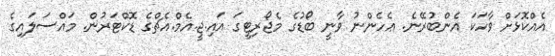
އެއްކޮޅަށް ވާހަކަ އެންބުރޭނެ. ޢެހެންނު ވާނީ ބޯޑުގެ މެޖޯރިޓީގަ އައި.ޖީ.އެމް.އެޗްގެ ޑޮކްޓަރުން. މައްސަލައިގެ